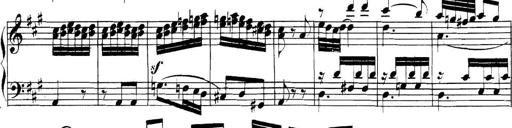
Title: Collected Piano Sonatas
Composer: Muzio Clementi